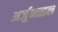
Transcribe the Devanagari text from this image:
अर्जुनताल